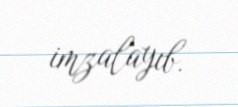
imzalayıb.